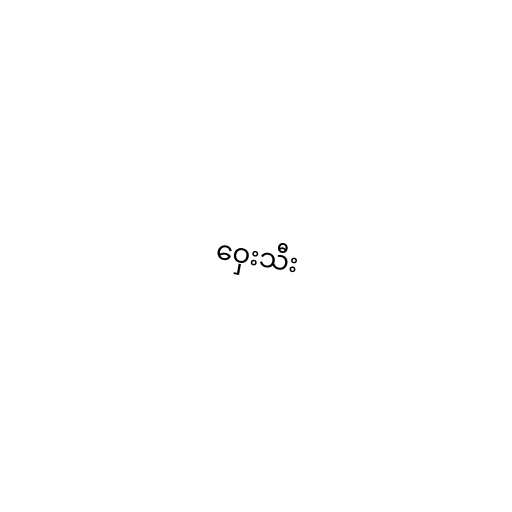
ဝှေးသီး